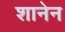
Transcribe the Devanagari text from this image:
शानेन